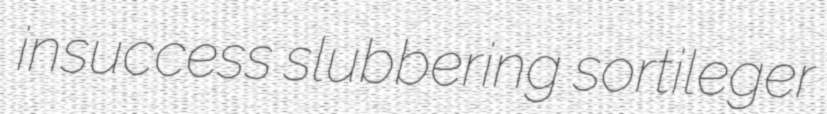
insuccess slubbering sortileger